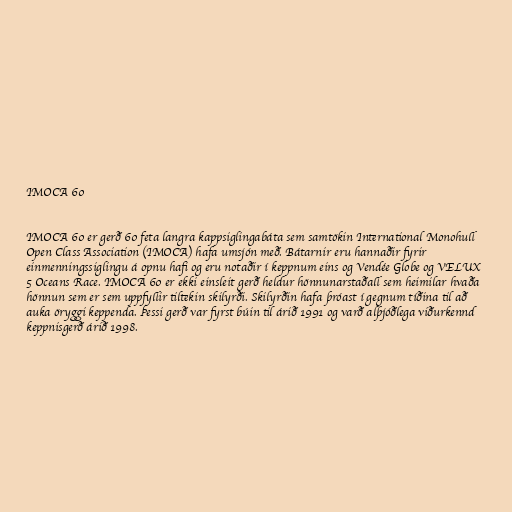
IMOCA 60

IMOCA 60 er gerð 60 feta langra kappsiglingabáta sem samtökin International Monohull
Open Class Association (IMOCA) hafa umsjón með. Bátarnir eru hannaðir fyrir
einmenningssiglingu á opnu hafi og eru notaðir í keppnum eins og Vendée Globe og VELUX
5 Oceans Race. IMOCA 60 er ekki einsleit gerð heldur hönnunarstaðall sem heimilar hvaða
hönnun sem er sem uppfyllir tiltekin skilyrði. Skilyrðin hafa þróast í gegnum tíðina til að
auka öryggi keppenda. Þessi gerð var fyrst búin til árið 1991 og varð alþjóðlega viðurkennd
keppnisgerð árið 1998.